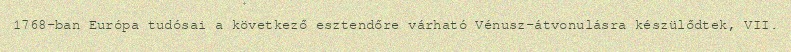
1768-ban Európa tudósai a következő esztendőre várható Vénusz-átvonulásra készülődtek, VII.